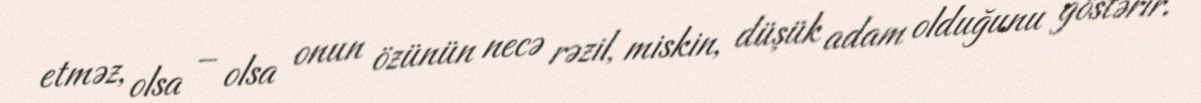
etməz, olsa – olsa onun özünün necə rəzil, miskin, düşük adam olduğunu göstərir.